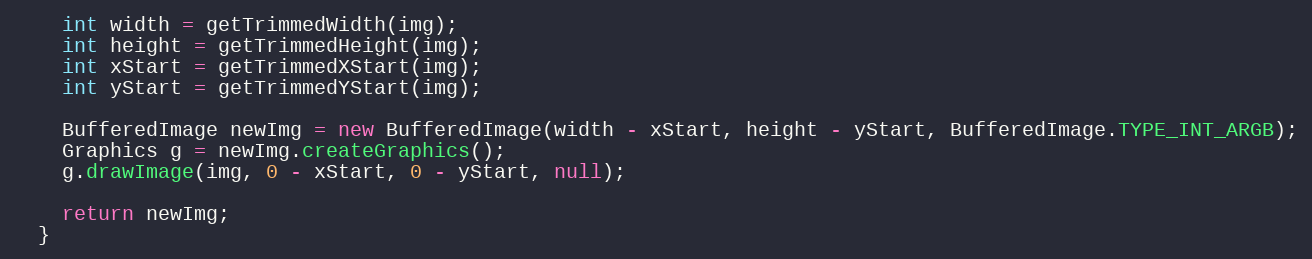
Language: Java
    int width = getTrimmedWidth(img);
    int height = getTrimmedHeight(img);
    int xStart = getTrimmedXStart(img);
    int yStart = getTrimmedYStart(img);

    BufferedImage newImg = new BufferedImage(width - xStart, height - yStart, BufferedImage.TYPE_INT_ARGB);
    Graphics g = newImg.createGraphics();
    g.drawImage(img, 0 - xStart, 0 - yStart, null);

    return newImg;
  }